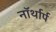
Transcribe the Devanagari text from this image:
नॉर्थार्प